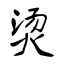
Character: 烫